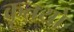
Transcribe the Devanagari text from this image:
कृतयों